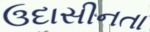
ઉદાસીનતા